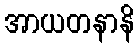
အာယတနာနိ